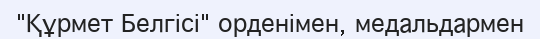
"Құрмет Белгісі" орденімен, медальдармен